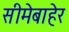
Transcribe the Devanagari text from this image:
सीमेबाहेर